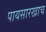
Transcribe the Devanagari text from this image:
पायसारखाच